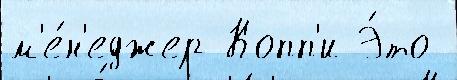
м'е́н'еджер Копп'и Э́то